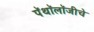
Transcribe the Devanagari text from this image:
पॅथॉलॉजीचे